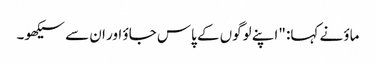
ماؤ نے کہا: "اپنے لوگوں کے پاس جاؤ اور ان سے سیکھو۔